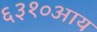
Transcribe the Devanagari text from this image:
६३१०आय